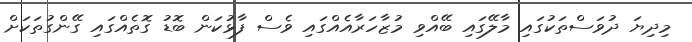
މިދިޔަ ދުވަސްތަކުގައި މާލޭގައި ބޭއްވި މުޒާހަރާއެއްގައި ވެސް ފާޅުކަން ބޮޑު ގޮތެއްގައި ގޭންގުތަކަށް